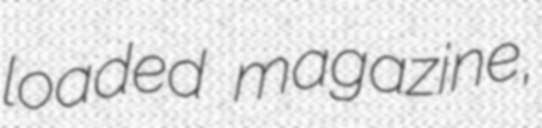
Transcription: loaded magazine,